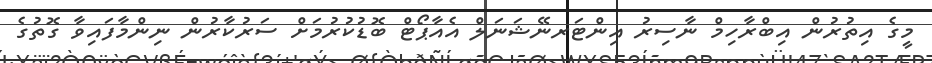
މީގެ އިތުރުން އިބްރާހިމް ނާސިރު އިންޓަރނޭޝަނަލް އެއާޕޯޓް ބޮޑުކުރުމަށް ސަރުކާރުން ނިންމާފައިވާ ގޮތުގެ